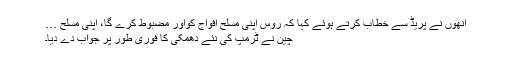
انھوں نے پریڈ سے خطاب کرتے ہوئے کہا کہ روس اپنی مسلح افواج کواور مضبوط کرے گا، اپنی مسلح …
چین نے ٹرمپ کی نئے دھمکی کا فوری طور پر جواب دے دیا۔